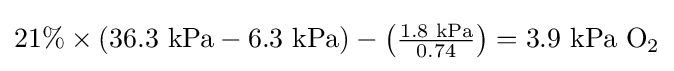
{\textstyle 21\%\times (36.3{\text{ kPa}}-6.3{\text{ kPa}})-\left({\frac {1.8{\text{ kPa}}}{0.74}}\right)=3.9{\text{ kPa O}}_{2}}